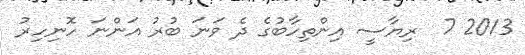
2013 7  ރިޔާސީ އިންތިހާބުގެ ދެ ވަނަ ބުރު އަންނަ ހޮނިހިރު